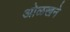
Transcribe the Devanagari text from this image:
ओळखने